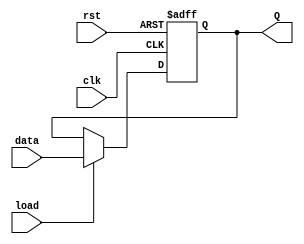
`timescale 1ns / 1ps
//////////////////////////////////////////////////////////////////////////////////
// Company: 
// Engineer: 
// 
// Design Name: 
// Module Name: n_bit_reg_load_reset
// Project Name: 
// Target Devices: 
// Tool Versions: 
// Description: 
// 
// Dependencies: 
// 
// Revision:
// Revision 0.01 - File Created
// Additional Comments:
// 
//////////////////////////////////////////////////////////////////////////////////


module n_bit_reg_load_reset #(parameter N = 5)(
input clk, load, rst, input [N-1:0] data, output reg [N-1:0] Q  
    );
    always @ (posedge clk or posedge rst)
        if (rst) begin
         Q <= {N{1'b0}};
         end
         else begin
             if (load) begin
            Q <= data;
            end      
     end 
endmodule